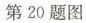
第20题图